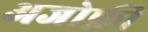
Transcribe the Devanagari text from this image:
अजोफ़ी